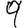
Digit: 9